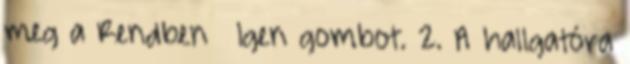
meg a Rendben → Igen gombot. 2. A hallgatóra